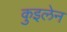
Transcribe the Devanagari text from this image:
कुइलेन